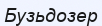
Бузьдозер